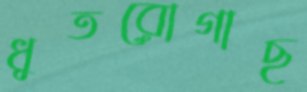
ধুতরোগাছ